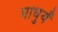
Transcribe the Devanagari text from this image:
माधुर्यं